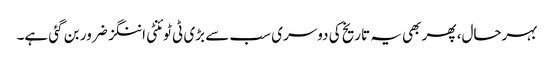
بہرحال، پھر بھی یہ تاریخ کی دوسری سب سے بڑی ٹی ٹوئنٹی اننگز ضرور بن گئی ہے۔